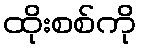
ထိုးစစ်ကို